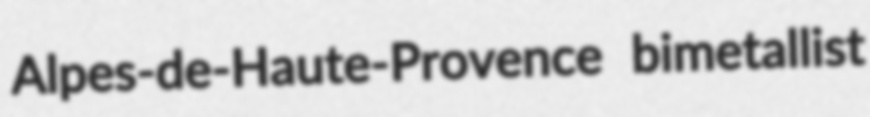
Alpes-de-Haute-Provence bimetallist